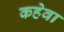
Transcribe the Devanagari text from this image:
कहेवा